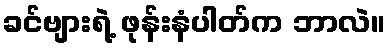
ခင်ဗျားရဲ့ ဖုန်းနံပါတ်က ဘာလဲ။